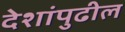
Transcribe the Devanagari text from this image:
देशांपुढील